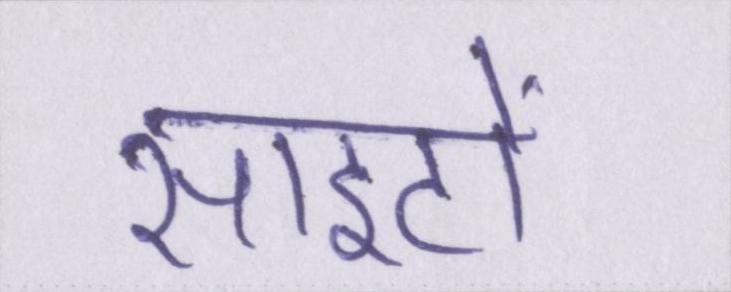
साइटों